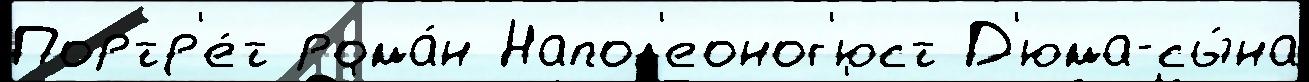
Портр'е́т рома́н Напол'еоног'юст Д'юма-сы́на